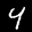
Label: 4